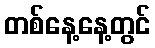
တစ်နေ့နေ့တွင်